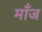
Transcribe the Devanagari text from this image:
माँज